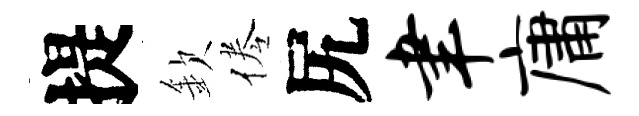
提欽倦尻聿庸